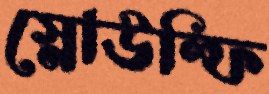
স্নোউল্ফি